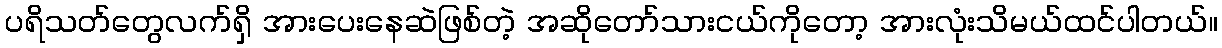
ပရိသတ်တွေလက်ရှိ အားပေးနေဆဲဖြစ်တဲ့ အဆိုတော်သားငယ်ကိုတော့ အားလုံးသိမယ်ထင်ပါတယ်။